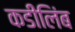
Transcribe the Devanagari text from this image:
कडीलिंब